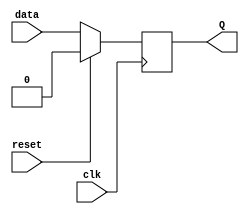
`timescale 1ns / 1ps
//////////////////////////////////////////////////////////////////////////////////
// Company: 
// Engineer: 
// 
// Design Name: 
// Module Name:    D_flipflop 
// Project Name: 
// Target Devices: 
// Tool versions: 
// Description: 
//
// Dependencies: 
//
// Revision: 
// Revision 0.01 - File Created
// Additional Comments: 
//
//////////////////////////////////////////////////////////////////////////////////
module D_flipflop(
    input reset, 		//Reset input
    input clk,			//Clock input
    input data,		//Data input
    output reg Q	   //Q output
    );

always @(posedge clk) begin
	if (reset == 1'b1) 
		Q <= 1'b0;
	else
		Q <= data;
end

endmodule